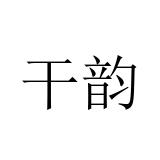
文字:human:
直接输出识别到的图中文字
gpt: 干韵